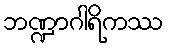
ဘဏ္ဍာဂါရိကဿ